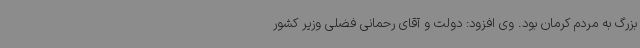
بزرگ به مردم کرمان بود. وی افزود: دولت و آقای رحمانی فضلی وزیر کشور